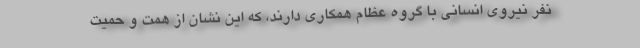
نفر نیروی انسانی با گروه عظام همکاری دارند، كه این نشان از همت و حمیت